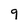
Character: 9